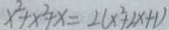
x ^ { 2 } + x ^ { 2 } + x = 2 ( x ^ { 2 } + 2 x + 1 )